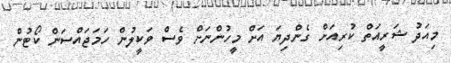
މިއަދު ޝަރީއަތް ކުރިއަށް ގެންދިޔަ އަށް މީހުންނަށް ވެސް ވަކީލުން ހަމަޖައްސަން ކޯޓުން